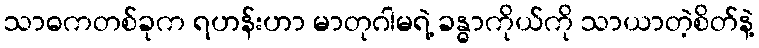
သာဓကတစ်ခုက ရဟန်းဟာ မာတုဂါမရဲ့ ခန္ဓာကိုယ်ကို သာယာတဲ့စိတ်နဲ့